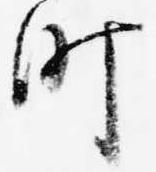
町